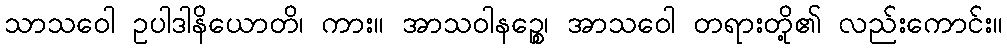
သာသဝေါ ဥပါဒါနိယောတိ၊ ကား။ အာသဝါနဉ္စေ၊ အာသဝေါ တရားတို့၏ လည်းကောင်း။